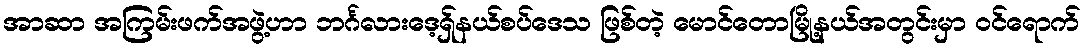
အာဆာ အကြမ်းဖက်အဖွဲ့ဟာ ဘင်္ဂလားဒေ့ရှ်နယ်စပ်ဒေသ ဖြစ်တဲ့ မောင်တောမြို့နယ်အတွင်းမှာ ဝင်ရောက်